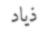
ذياد